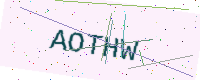
Text: AOTHW